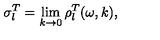
\sigma _ { l } ^ { T } = \lim _ { k \rightarrow 0 } \rho _ { l } ^ { T } ( \omega , k ) ,